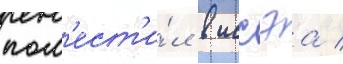
пом'ест'и́л в иссэа /